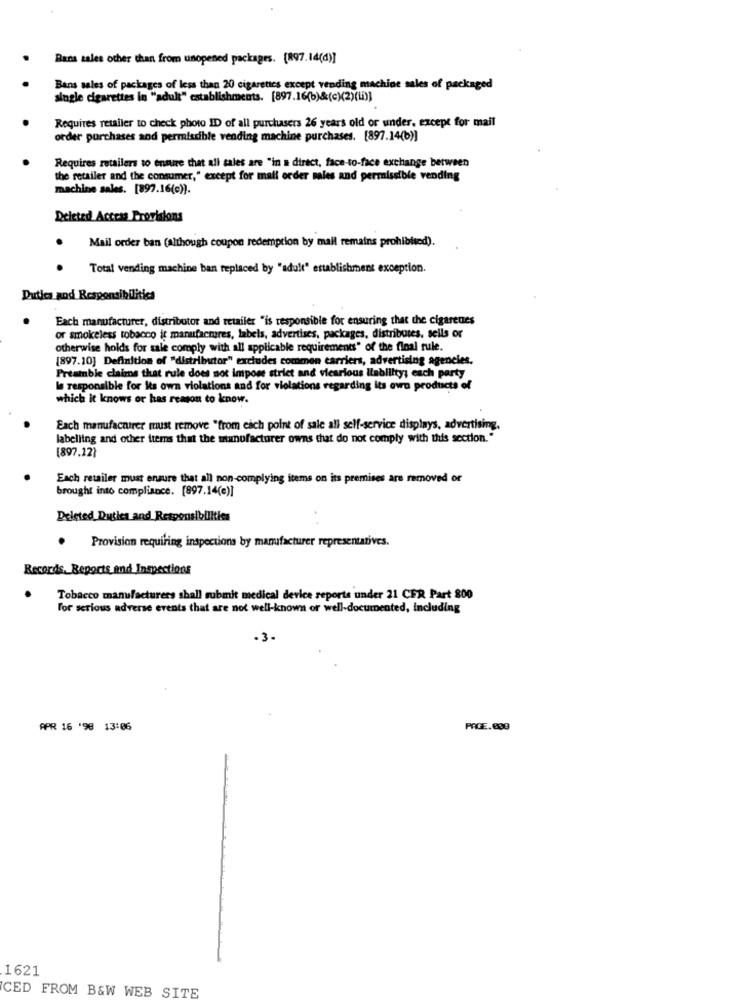
Rans sales other than from unopened packages. (897.14(d)]
Bans sales of packages of less than 20 cigarettes except vending machine sales of packaged
single cigarettes in "adult" establishments. [897.16(b)&(c)(2)(th)]
Requires retailer to check photo ID of all purchasers 26 years old or under, except for mail
order purchases sod permissible vending machine purchases. [897.14(b)]
Requires retailers to ensure that all sales are "in a direct, face-to-face exchange between
the retailer and the consumer," except for mail order sales and permissible vending
machine sales. [897.16(e)).
Deleted Access Provisions
Mail order ban (although coupon redemption by mail remains prohibited).
Total vending machine ban replaced by "adult" establishment exception.
Duties and Responsibilities
Each manufacturer, distributor and retailer "is responsible for ensuring that the cigarettes
or smokeless tobacco it manufactures, labels, advertises, packages, distributes, sells or
otherwise holds for sale comply with all applicable requirements" of the final rule.
[897.10] Definition of "distributor" excludes commen carriers, advertising agencies.
Preamble claims that rule does not impose strict and vicarious Ilability; each party
Is responsible for its own violations and for violations regarding its own products of
which it knows or has reason to know.
Each manufacturer must remove "from each point of sale all self-service displays, advertising,
labelling and other items that the manufacturer owns that do not comply with this section."
[897.12}
Each retailer must ensure that all non-complying items on its premises are removed or
brought into compliance. [897.14(e)]
Deleted Duties and Responsibilities
Provision requiring inspections by manufacturer representatives.
Records, Reports and Inspections
Tobacco manufacturers shall submit medical device reports under 21 CFR Part 800
For serious adverse events that are not well-known or well-documented, including
-3.
APR 16 '98 13:06
PAGE.000
1621
CED FROM B&W WEB SITE